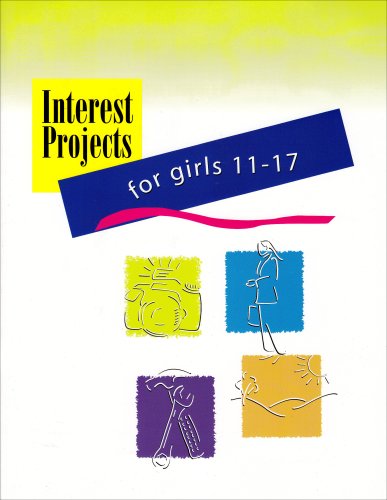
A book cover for Interest Projects for Girls 11-17; Teen & Young Adult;